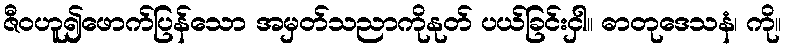
ဇီဝဟူ၍ဖောက်ပြန်သော အမှတ်သညာကိုနုတ် ပယ်ခြင်းငှါ။ ဓာတုဒေသနံ၊ ကို။